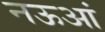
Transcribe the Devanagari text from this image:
नऊआं